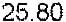
25.80